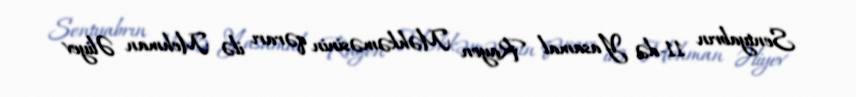
Sentyabrın 11-də Yasamal Rayon Məhkəməsinin qərarı ilə Mehman Əliyev